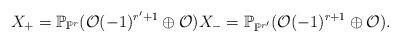
LaTeX: \begin{align*}X_+=\mathbb P_{\mathbb P^r}(\mathcal O(-1)^{r^\prime+1}\oplus \mathcal O) X_-=\mathbb P_{\mathbb P^{r^\prime}}(\mathcal O(-1)^{r+1}\oplus \mathcal O).\end{align*}